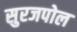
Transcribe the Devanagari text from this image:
सुरजपोल